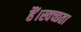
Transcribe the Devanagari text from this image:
हैं।स्वच्छता